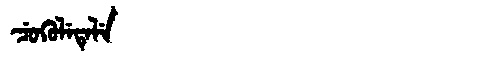
Manchu: ᠴᡠᡴᡠᠯᡝᡨᡝᠯᡝ
Romanization: CUKULETELE